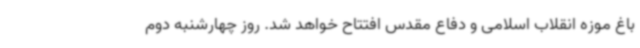
باغ موزه انقلاب اسلامی و دفاع مقدس افتتاح خواهد شد. روز چهارشنبه دوم